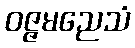
ဝဇ္ဇမညေသံ